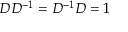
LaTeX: { \cal D } { \cal D } ^ { - 1 } = { \cal D } ^ { - 1 } { \cal D } = 1